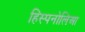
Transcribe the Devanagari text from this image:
हिस्पनोलिआ